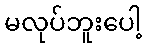
မလုပ်ဘူးပေါ့